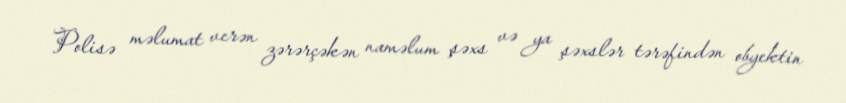
Polisə məlumat verən zərərçəkən naməlum şəxs və ya şəxslər tərəfindən obyektin